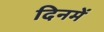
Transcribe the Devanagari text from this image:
दिनमें